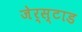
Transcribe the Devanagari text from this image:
जेर्स्टाड